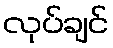
လုပ်ချင်